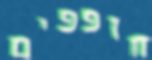
חופפים